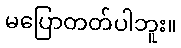
မပြောတတ်ပါဘူး။